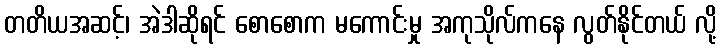
တတိယအဆင့်၊ အဲဒါဆိုရင် စောစောက မကောင်းမှု အကုသိုလ်ကနေ လွတ်နိုင်တယ် လို့